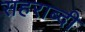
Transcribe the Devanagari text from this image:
सहराब्दी